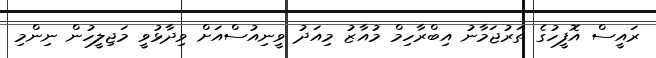
ރައީސް އޮފީހުގެ ތަރުޖަމާނު އިބްރާހިމް މުއާޒު މިއަދު ވީނިއުސްއަށް ވިދާޅުވީ މަޖިލީހުން ނިންމި